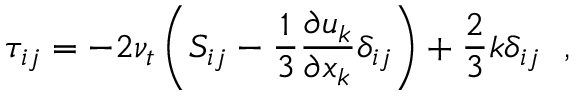
\tau _ { i j } = - 2 \nu _ { t } \left( S _ { i j } - \frac { 1 } { 3 } \frac { \partial u _ { k } } { \partial x _ { k } } \delta _ { i j } \right) + \frac { 2 } { 3 } k \delta _ { i j } \ \mathrm { ~ , ~ }